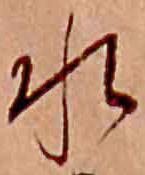
水